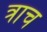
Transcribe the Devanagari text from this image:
त्राच